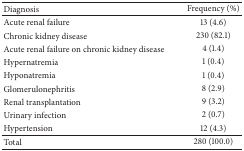
| Diagnosis | Frequency (%) |
 | --- | --- |
 | Acute renal failure | 13 (4.6) |
 | Chronic kidney disease | 230 (82.1) |
 | Acute renal failure on chronic kidney disease | 4 (1.4) |
 | Hypernatremia | 1 (0.4) |
 | Hyponatremia | 1 (0.4) |
 | Glomerulonephritis | 8 (2.9) |
 | Renal transplantation | 9 (3.2) |
 | Urinary infection | 2 (0.7) |
 | Hypertension | 12 (4.3) |
 | Total | 280 (100.0) |